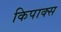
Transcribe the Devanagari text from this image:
किपाक्स